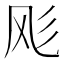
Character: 𱃔